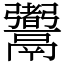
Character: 䰞